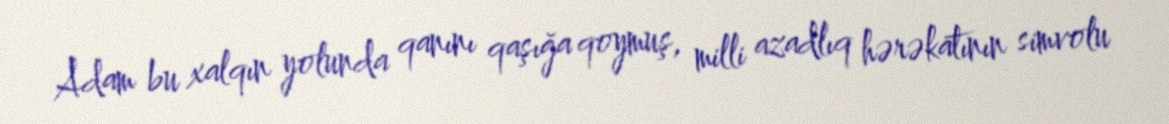
Adam bu xalqın yolunda qanını qaşığa qoymuş, milli azadlıq hərəkatının simvolu